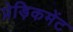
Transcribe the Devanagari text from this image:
प्रेड़िकमेंट